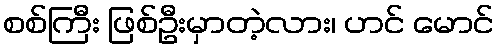
စစ်ကြီး ဖြစ်ဦးမှာတဲ့လား၊ ဟင် မောင်